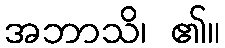
အဘာသိ၊ ၏။